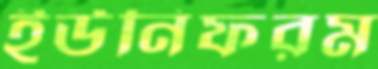
ইউনিফরম